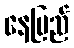
နေပြည်